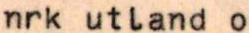
nrk utland o